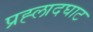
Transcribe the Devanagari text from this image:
प्रह्लादघाट